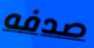
صدفه